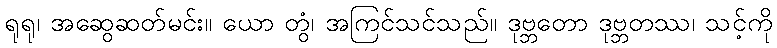
ရုရု၊ အဆွေဆတ်မင်း။ ယော တွံ၊ အကြင်သင်သည်။ ဒုဗ္ဘတော ဒုဗ္ဘတဿ၊ သင့်ကို